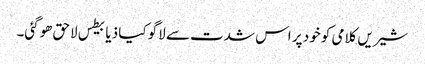
شیریں کلامی کو خود پر اس شدت سے لاگو کیا ذیابیطس لاحق ھوگئی۔